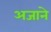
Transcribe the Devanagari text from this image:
अजाने